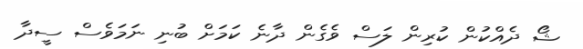
ޝޯ ދެއްކުން ކުރިން ލަސް ވެގެން ދާނެ ކަމަށް ބުނި ނަމަވެސް ސީދާ